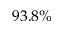
9 3 . 8 \%